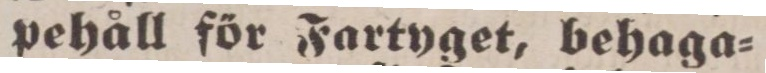
pehåll för Fartyget, behaga=